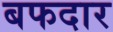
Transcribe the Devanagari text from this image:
बफदार